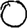
Digit: 0